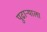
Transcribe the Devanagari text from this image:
पुढाऱ्याला